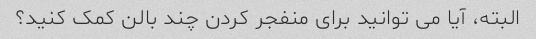
البته، آیا می توانید برای منفجر کردن چند بالن کمک کنید؟